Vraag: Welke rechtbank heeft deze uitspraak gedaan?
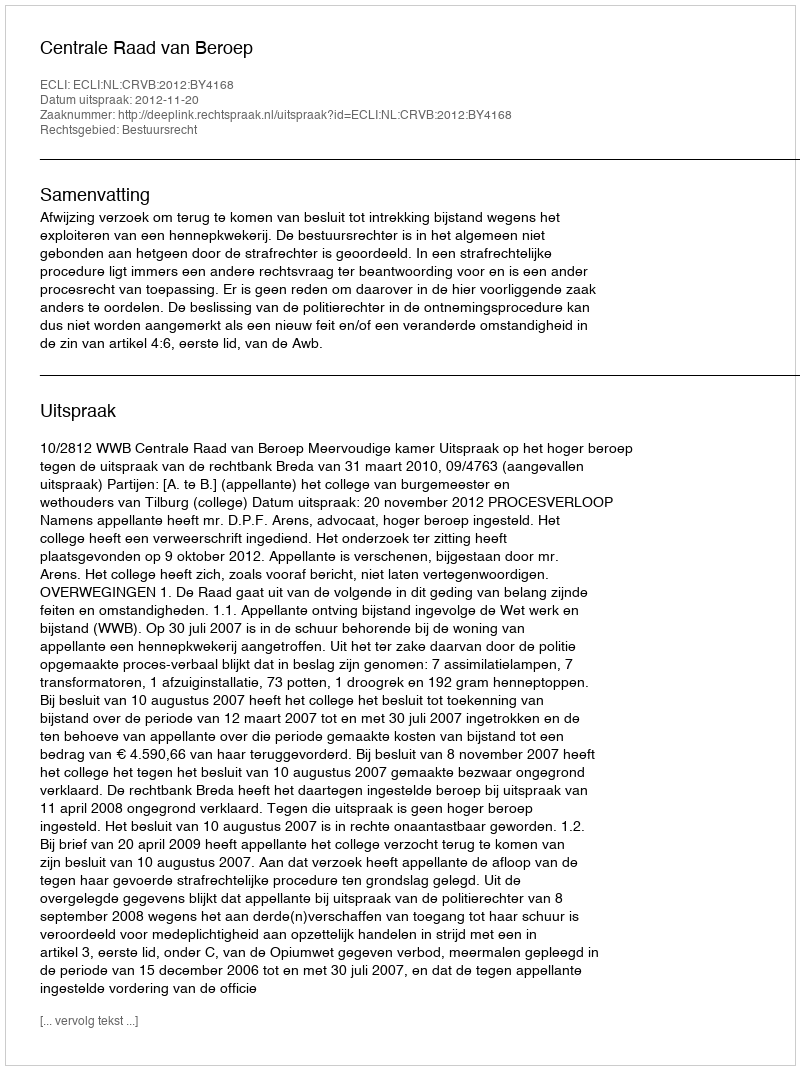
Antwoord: Centrale Raad van Beroep